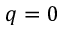
q = 0